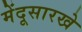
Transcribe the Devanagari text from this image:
मेंदूसारखे